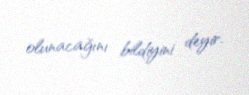
olunacağını bildiyini deyir.